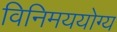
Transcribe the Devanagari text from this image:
विनिमययोग्य